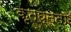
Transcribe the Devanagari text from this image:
कृतघ्नता